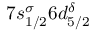
7 s _ { 1 / 2 } ^ { \sigma } 6 d _ { 5 / 2 } ^ { \delta }